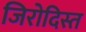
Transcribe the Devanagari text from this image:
जिरोदिस्त